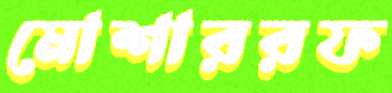
মোশাররফ